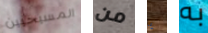
المسيحيين من يا به